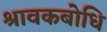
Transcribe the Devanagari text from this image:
श्रावकबोधि